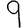
Digit: 9